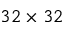
3 2 \times 3 2